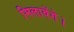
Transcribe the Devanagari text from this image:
मिलायेंगे।